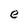
Character: e